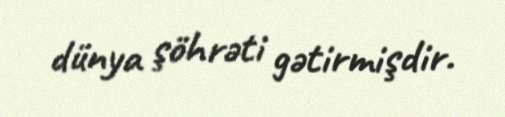
dünya şöhrəti gətirmişdir.